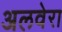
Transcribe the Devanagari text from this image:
अलवेरा